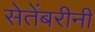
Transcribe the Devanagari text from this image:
सेतेंबरीनी